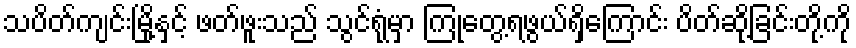
သပိတ်ကျင်းမြို့နှင့် ဖတ်ဖူးသည် သွင်ရုံမှာ ကြုံတွေ့ရဖွယ်ရှိကြောင်း ပိတ်ဆို့ခြင်းတို့ကို